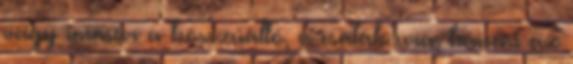
vagy immár a bosszúálló, a csaták ura, hanem az